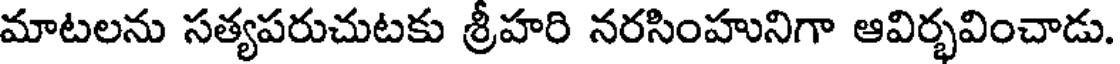
మాటలను సత్యపరుచుటకు శ్రీహరి నరసింహునిగా ఆవిర్భవించాడు